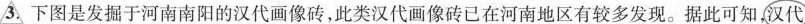
3.下图是发掘于河南南阳的汉代画像砖，此类汉代画像砖已在河南地区有较多发现。据此可知，汉代